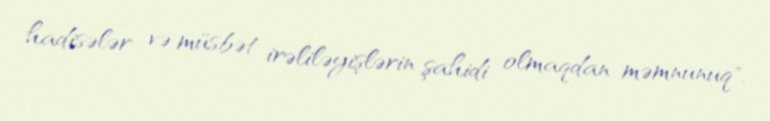
hadisələr və müsbət irəliləyişlərin şahidi olmaqdan məmnunuq".